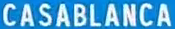
CASABLANCA